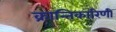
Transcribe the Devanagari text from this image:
क्रान्तिकारिणी